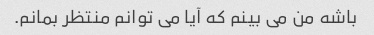
باشه من می بینم که آیا می توانم منتظر بمانم.